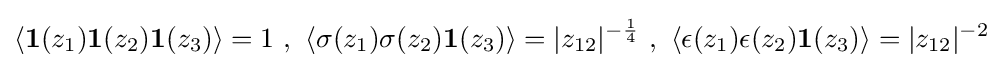
\left\langle \mathbf {1} (z_{1})\mathbf {1} (z_{2})\mathbf {1} (z_{3})\right\rangle =1\ ,\ \left\langle \sigma (z_{1})\sigma (z_{2})\mathbf {1} (z_{3})\right\rangle =|z_{12}|^{-{\frac {1}{4}}}\ ,\ \left\langle \epsilon (z_{1})\epsilon (z_{2})\mathbf {1} (z_{3})\right\rangle =|z_{12}|^{-2}